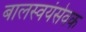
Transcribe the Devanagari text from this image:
बालस्वयंसेवक